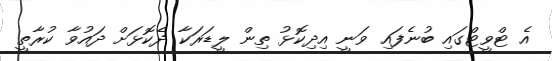
އެ ޓްވީޓްގައި ބުނެފައި ވަނީ އިދިކޮޅު ތިން ލީޑަރަކާ ދެކޮޅަށް ދައުވާ ކުރާތީ